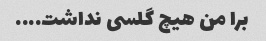
برا‌ من هیچ گلسی نداشت....